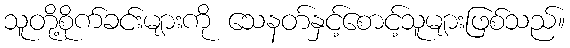
သူတို့စိုက်ခင်းများကို သေနတ်နှင့်စောင့်သူများဖြစ်သည်။